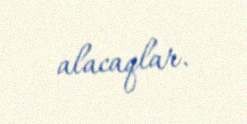
alacaqlar.